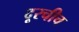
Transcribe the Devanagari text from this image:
दूरचीच